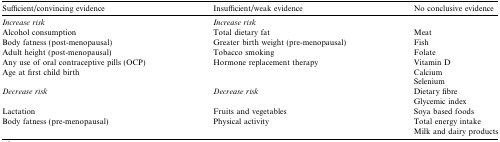
<table><thead><tr><td><b>Sufficient/convincing evidence</b></td><td><b>Insufficient/weak evidence</b></td><td><b>No conclusive evidence</b></td></tr></thead><tbody><tr><td><i>Increase risk</i></td><td><i>Increase risk</i></td><td></td></tr><tr><td>Alcohol consumption</td><td>Total dietary fat</td><td>Meat</td></tr><tr><td>Body fatness (post-menopausal)</td><td>Greater birth weight (pre-menopausal)</td><td>Fish</td></tr><tr><td>Adult height (post-menopausal)</td><td>Tobacco smoking</td><td>Folate</td></tr><tr><td>Any use of oral contraceptive pills (OCP)</td><td>Hormone replacement therapy</td><td>Vitamin D</td></tr><tr><td>Age at first child birth</td><td></td><td>Calcium</td></tr><tr><td></td><td></td><td>Selenium</td></tr><tr><td><i>Decrease risk</i></td><td><i>Decrease risk</i></td><td>Dietary fibre</td></tr><tr><td></td><td></td><td>Glycemic index</td></tr><tr><td>Lactation</td><td>Fruits and vegetables</td><td>Soya based foods</td></tr><tr><td>Body fatness (pre-menopausal)</td><td>Physical activity</td><td>Total energy intake</td></tr><tr><td></td><td></td><td>Milk and dairy products</td></tr></tbody></table>